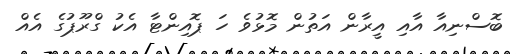
ބޮސްނިއާ އާއި އީރާން އަތުން މޮޅުވެ ހަ ޕޮއިންޓާ އެކު ގްރޫޕުގެ އެއް